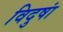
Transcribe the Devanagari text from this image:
विदुषां